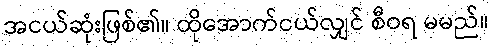
အငယ်ဆုံးဖြစ်၏။ ထိုအောက်ငယ်လျှင် စီဝရ မမည်။